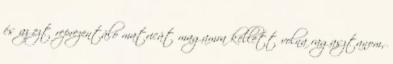
és az ezt reprezentáló matricát magamra kellett volna ragasztanom,